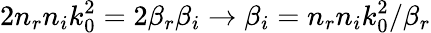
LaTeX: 2n_{r}n_{i}k_{0}^{2}=2\beta_{r}\beta_{i}\rightarrow\beta_{i}=n_{r}n_{i}k_{0}^{2}/\beta_{r}